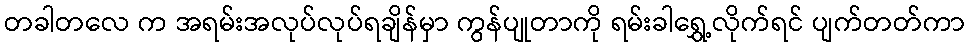
တခါတလေ က အရမ်းအလုပ်လုပ်ရချိန်မှာ ကွန်ပျုတာကို ရမ်းခါရွှေ့လိုက်ရင် ပျက်တတ်ကာ